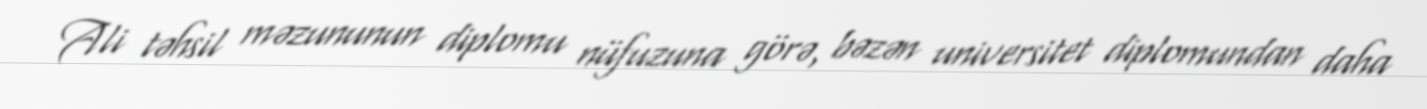
Ali təhsil məzununun diplomu nüfuzuna görə, bəzən universitet diplomundan daha